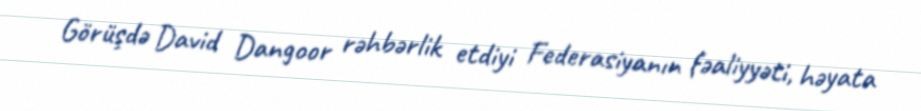
Görüşdə David Dangoor rəhbərlik etdiyi Federasiyanın fəaliyyəti, həyata